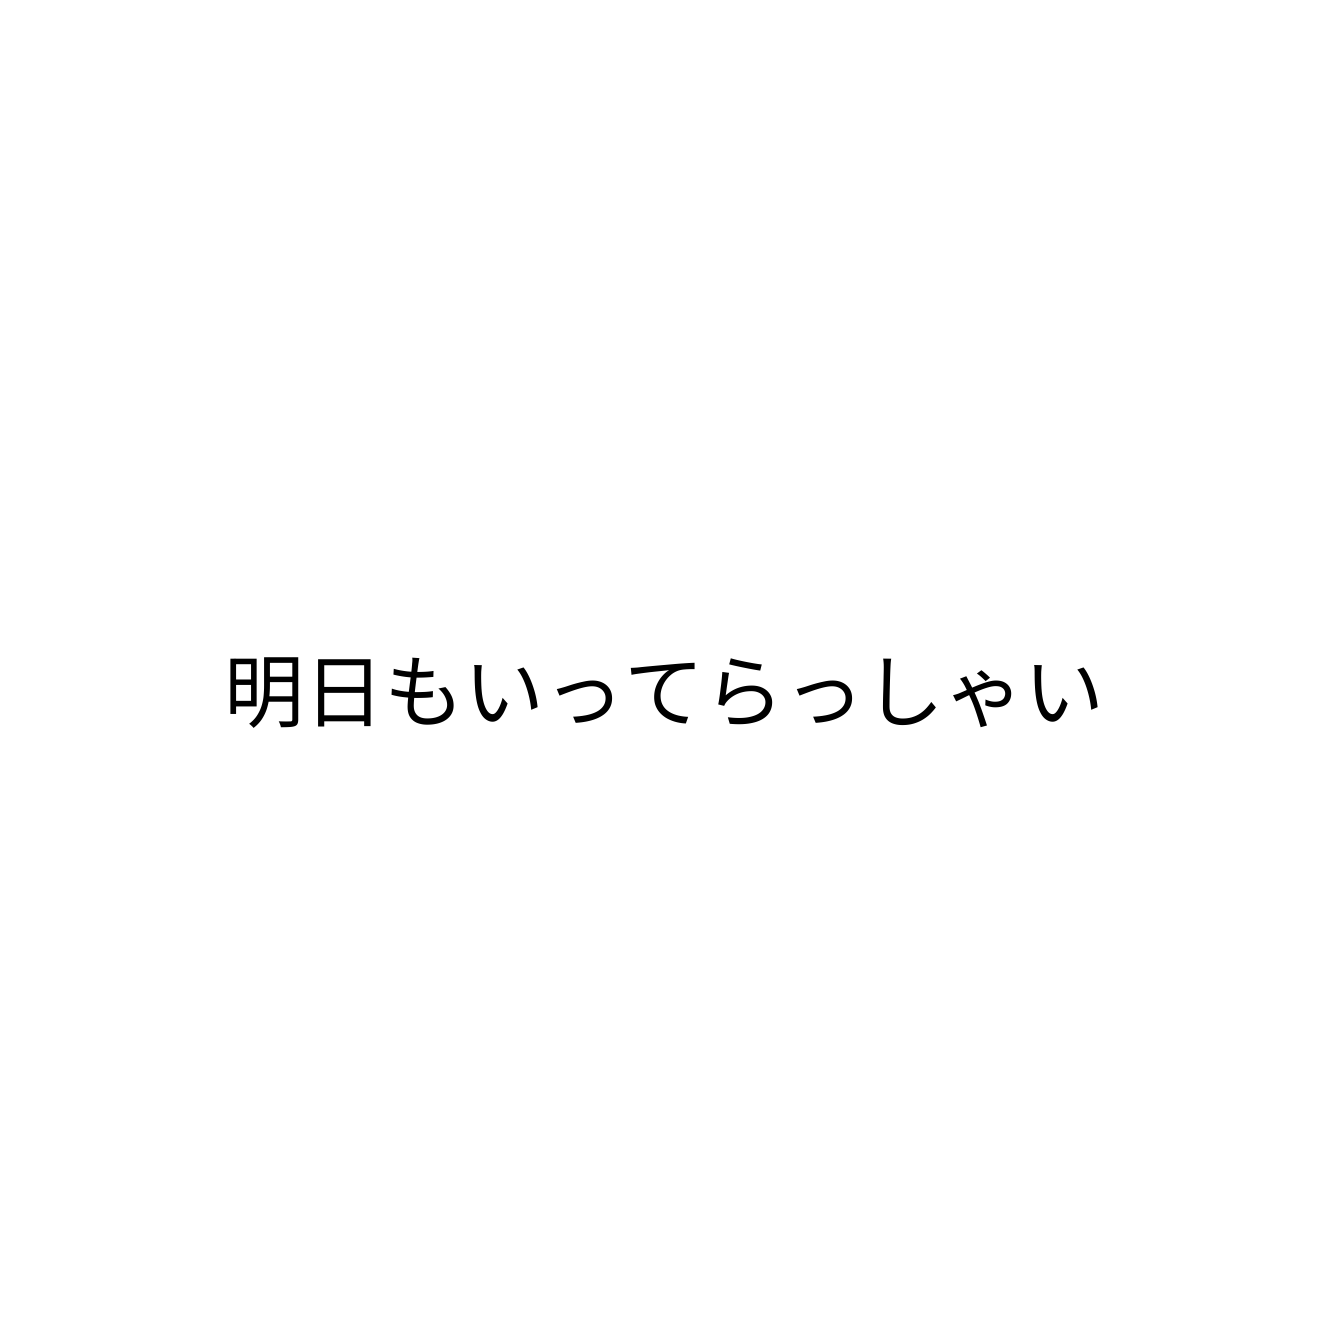
明日もいってらっしゃい